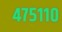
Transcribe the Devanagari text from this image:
४७५११०